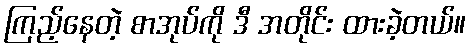
ကြည့်နေတဲ့ စာအုပ်ကို ဒီ အတိုင်း ထားခဲ့တယ်။